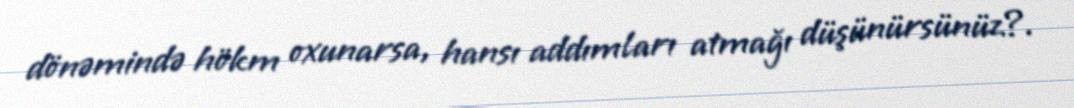
dönəmində hökm oxunarsa, hansı addımları atmağı düşünürsünüz?.